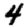
Digit: 4